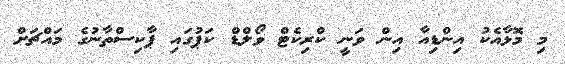
މި މޮޅާއެކު އިންޑިއާ އިން ވަނީ ކްރިކެޓް ވޯލްޑް ކަޕުގައި ޕާކިސްތާނުގެ މައްޗަށް